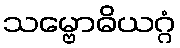
သမ္ဗောဓိယဂ္ဂံ